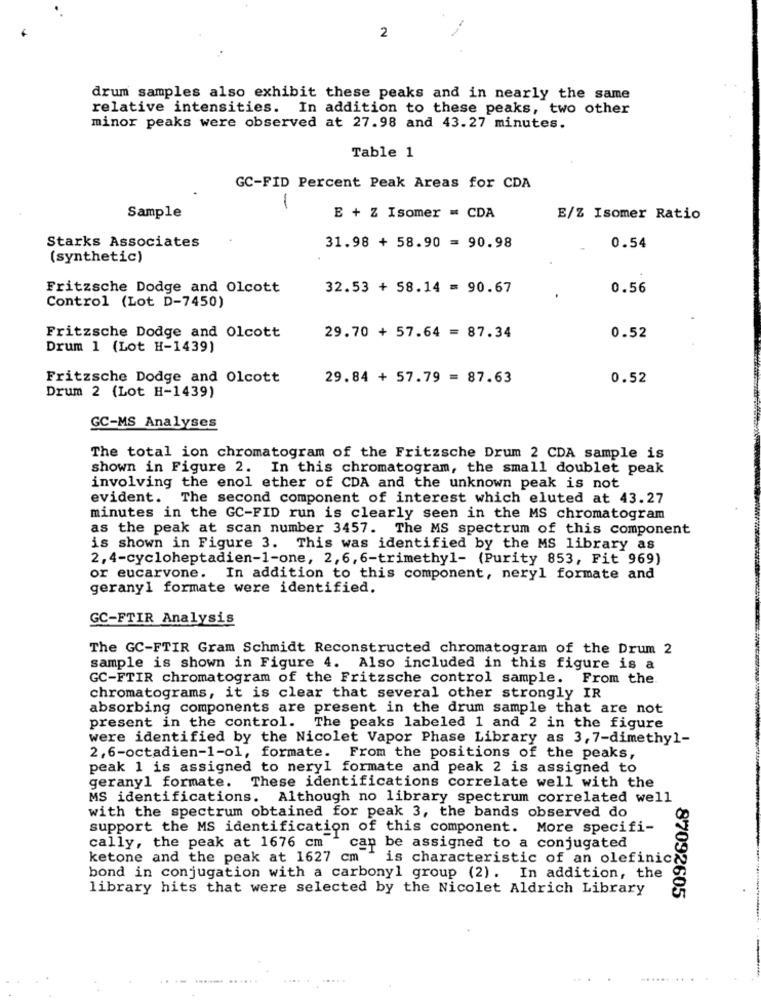
2
drum samples also exhibit these peaks and in nearly the same
relative intensities. In addition to these peaks, two other
minor peaks were observed at 27.98 and 43.27 minutes.
Table 1
GC-FID Percent Peak Areas for CDA
-
Sample
E + Z Isomer = CDA
E/Z Isomer Ratio
Starks Associates
31.98 + 58.90 = 90.98
0.54
(synthetic)
Fritzsche Dodge and Olcott
32.53 + 58.14 = 90.67
0.56
Control (Lot D-7450)
Fritzsche Dodge and Olcott
29.70 + 57.64 = 87.34
0.52
Drum 1 (Lot H-1439)
Fritzsche Dodge and Olcott
29.84 + 57.79 = 87.63
0.52
Drum 2 (Lot H-1439)
GC-MS Analyses
The total ion chromatogram of the Fritzsche Drum 2 CDA sample is
shown in Figure 2. In this chromatogram, the small doublet peak
involving the enol ether of CDA and the unknown peak is not
evident. The second component of interest which eluted at 43.27
minutes in the GC-FID run is clearly seen in the MS chromatogram
as the peak at scan number 3457. The MS spectrum of this component
is shown in Figure 3. This was identified by the MS library as
2,4-cycloheptadien-1-one, 2,6,6-trimethyl- (Purity 853, Fit 969)
or eucarvone. In addition to this component, neryl formate and
gerany1 formate were identified.
GC-FTIR Analysis
The GC-FTIR Gram Schmidt Reconstructed chromatogram of the Drum 2
sample is shown in Figure 4. Also included in this figure is a
GC-FTIR chromatogram of the Fritzsche control sample. From the.
chromatograms, it is clear that several other strongly IR
absorbing components are present in the drum sample that are not
present in the control. The peaks labeled 1 and 2 in the figure
were identified by the Nicolet Vapor Phase Library as 3, 7-dimethyl-
2,6-octadien-1-ol, formate. From the positions of the peaks,
peak 1 is assigned to neryl formate and peak 2 is assigned to
gerany1 formate. These identifications correlate well with the
MS identifications. Although no library spectrum correlated well
with the spectrum obtained for peak 3, the bands observed do
support the MS identification of this component. More specifi-
cally, the peak at 1676 cm
cap be assigned to a conjugated
ketone and the peak at 1627 cm
is characteristic of an olefinic
bond in conjugation with a carbonyl group (2). In addition, the
library hits that were selected by the Nicolet Aldrich Library
87092605